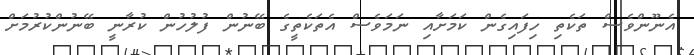
އެނޫންވެސް ތަކެތި ހިފައިގެން ކަމަށާއި ނަމަވެސް އެތަކެތީގެ ބޭނުން ފުލުހުން ކުރާނީ ބޭނުންކުރުމަށް